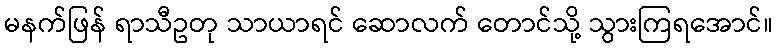
မနက်ဖြန် ရာသီဥတု သာယာရင် ဆောလက် တောင်သို့ သွားကြရအောင်။